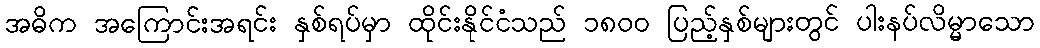
အဓိက အကြောင်းအရင်း နှစ်ရပ်မှာ ထိုင်းနိုင်ငံသည် ၁၈၀၀ ပြည့်နှစ်များတွင် ပါးနပ်လိမ္မာသော